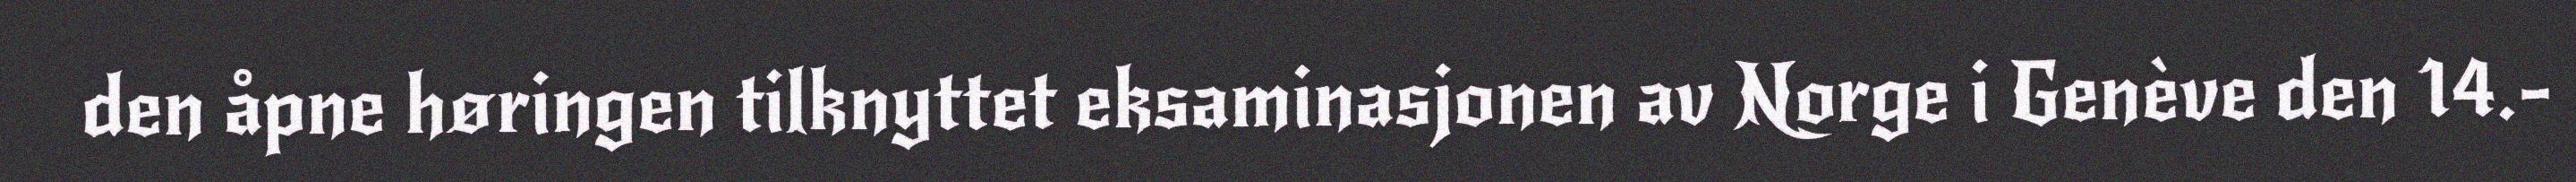
den åpne høringen tilknyttet eksaminasjonen av Norge i Genève den 14.-